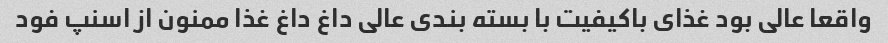
واقعا عالی بود غذای باکیفیت با بسته بندی عالی داغ داغ غذا ممنون از اسنپ فود